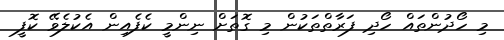
މި ހޯދުންތައް ހޯދި ފަރާތްތަކުން މި ގޮތަށް ނިންމީ ކެފެއިން އެކުލެވޭ ކޮފީ